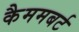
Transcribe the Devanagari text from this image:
कैममबर्ट